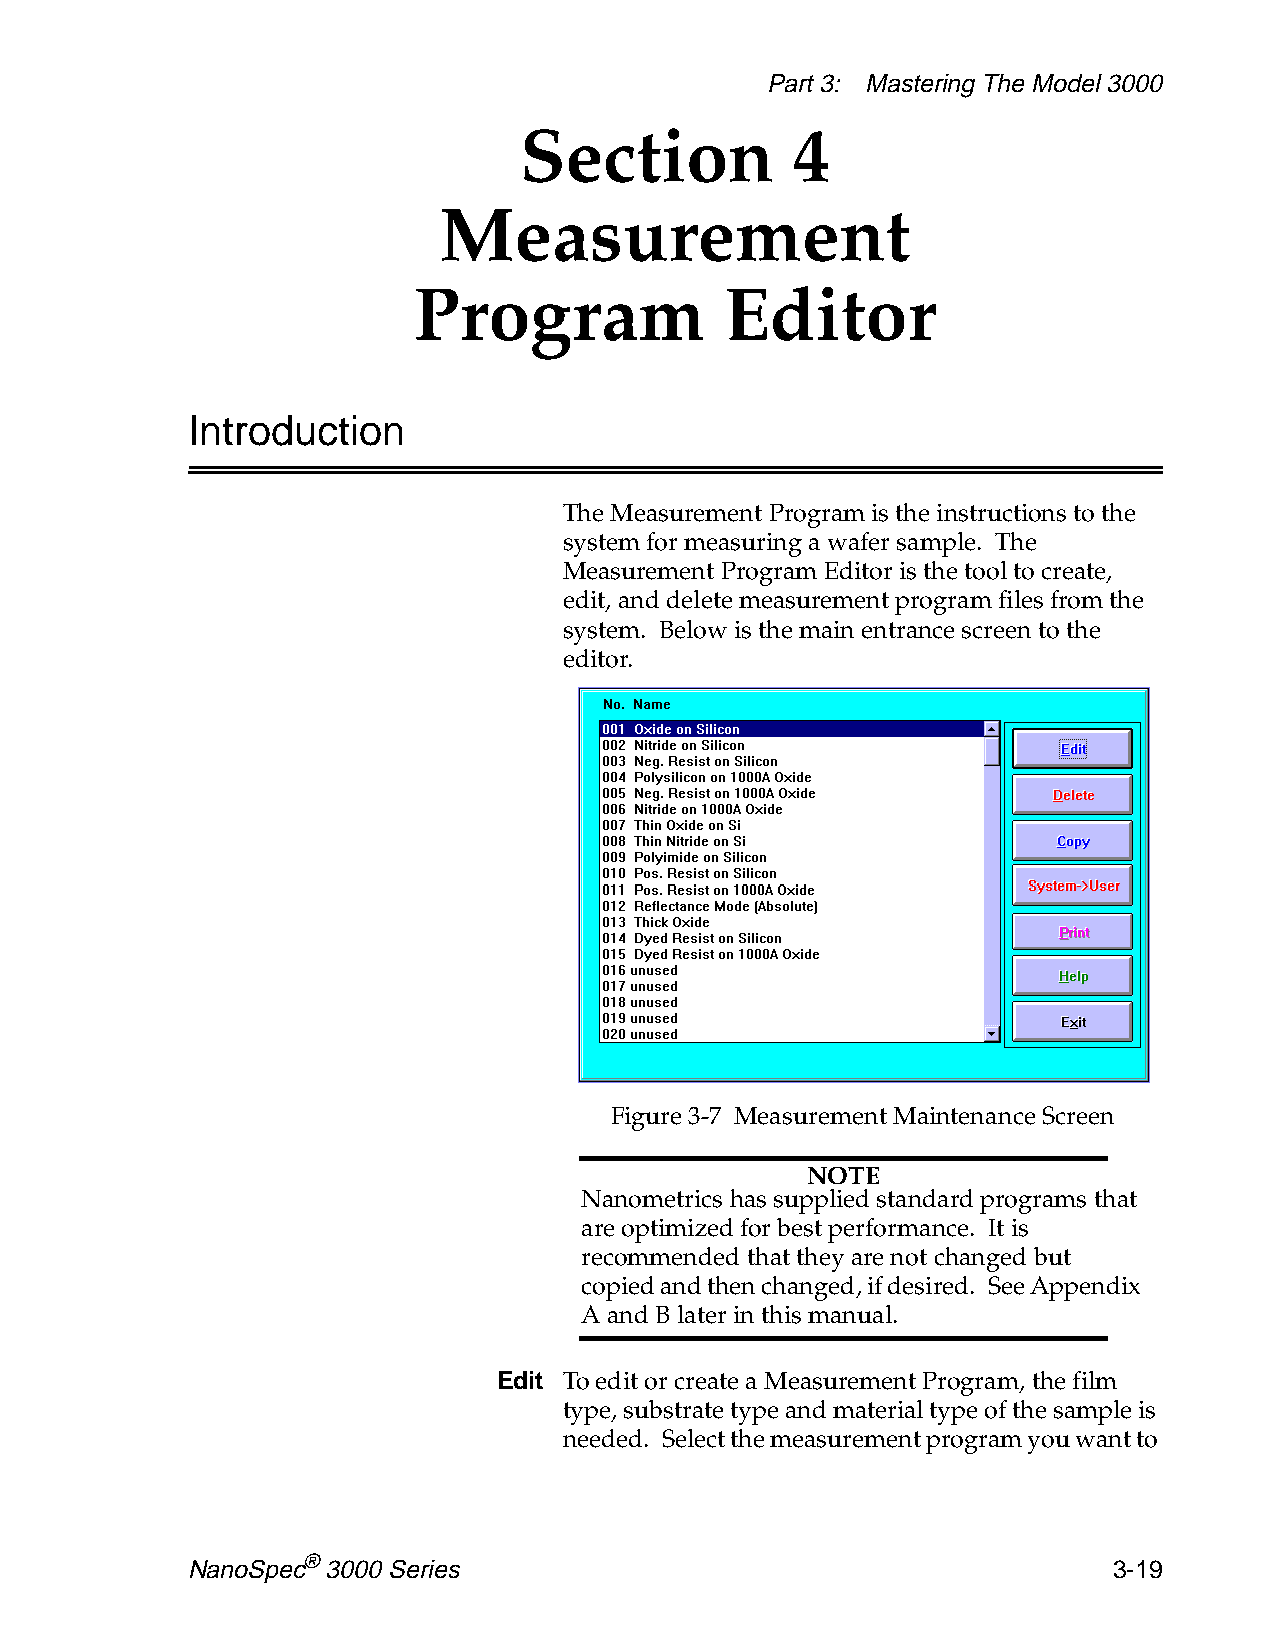
Part 3: Mastering The Model 3000
 Section           4
 Measurement
 Program              Editor
 Introduction
 The Measurement Program is the instructions to the
 system for measuring a wafer sample. The
 Measurement Program Editor is the tool to create,
 edit, and delete measurement program files from the
 system. Below is the main entrance screen to the
 editor.
 Figure 3-7 Measurement Maintenance Screen
 NOTE
 Nanometrics has supplied standard programs that
 are optimized for best performance. It is
 recommended that they are not changed but
 copied and then changed, if desired. See Appendix
 A and B later in this manual.
 Edit To edit or create a Measurement Program, the film
 type, substrate type and material type of the sample is
 needed. Select the measurement program you want to
 NanoSpec® 3000 Series                                         3-19